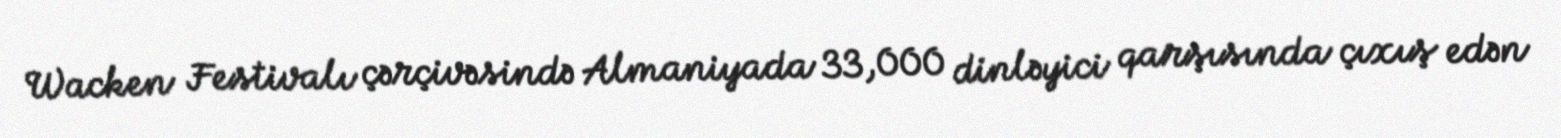
Wacken Festivalı çərçivəsində Almaniyada 33,000 dinləyici qarşısında çıxış edən